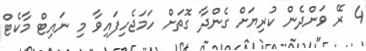
4 ރޭ ވަންދެން ކުރިޔަށް ގެންދާ ގޮތަށް ހަމަޖެހިފައިވާ މި ނައިޓް މާކެޓް